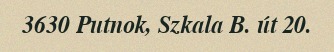
3630 Putnok, Szkala B. út 20.